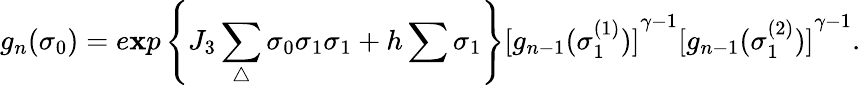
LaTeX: g_{n}({\sigma}_{0})=e\mathbf{x}p\left\{ J_{3}\sum_{\triangle}{\sigma}_{0}{\sigma}_{1}{\sigma}_{1}+h\sum{\sigma}_{1}\right\} {[g_{n-1}({\sigma}_{1}^{(1)})]}^{\gamma-1}{[g_{n-1}({\sigma}_{1}^{(2)})]}^{\gamma-1}.